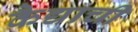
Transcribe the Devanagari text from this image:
कैद्याची